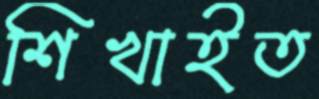
শিখাইত